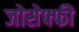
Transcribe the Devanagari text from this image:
जोसेफ्फी